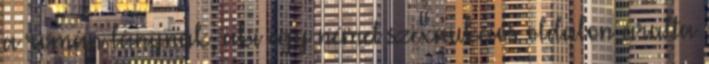
a román lánynak, aki egy német szexaukciós oldalon árulta